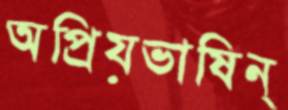
অপ্রিয়ভাষিন্